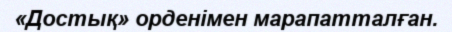
«Достық» орденімен марапатталған.